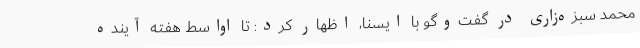
محمد سبزه‌زاری در گفت‌وگو با ایسنا، اظهار کرد: تا اواسط هفته آینده